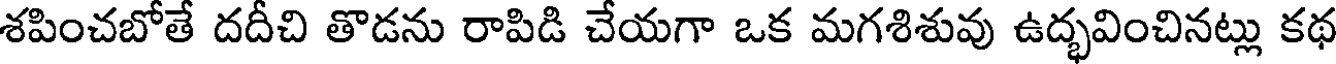
శపించబోతే దదీచి తొడను రాపిడి చేయగా ఒక మగశిశువు ఉద్భవించినట్లు కథ